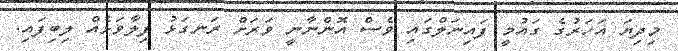
މިދިޔަ އަހަރުގެ ގައުމީ ފައިނަލްގައި ވެސް އޮންނާނީ ވަރަށް ރަނގަޅު ފިލާވަޅެއް ލިބިފައި.